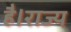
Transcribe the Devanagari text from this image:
है।राज्य